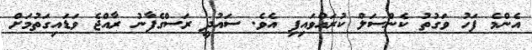
އެންމެ ފަހު ވަގުތު ކެންސަލް ކުރައްވައިފި އެވެ. ސައުދީ ރަސްގެފާނު ރާއްޖެ ވަޑައިގަތުމަށް